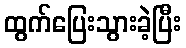
ထွက်ပြေးသွားခဲ့ပြီး